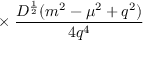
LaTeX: \times \; \frac { D ^ { \frac { 1 } { 2 } } ( m ^ { 2 } - \mu ^ { 2 } + q ^ { 2 } ) } { 4 q ^ { 4 } }